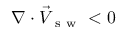
\nabla \cdot \vec { V } _ { \mathrm { ~ s ~ w ~ } } < 0